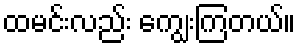
ထမင်းလည်း ကျွေးကြတယ်။